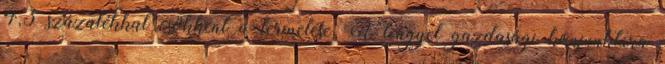
4,3 százalékkal csökkent a termelése. A lengyel gazdasági konjunktúra